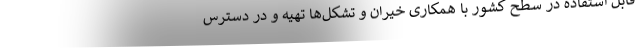
قابل استفاده در سطح کشور با همکاری خیران و تشکل‌ها تهیه و در دسترس